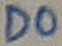
Text: D0